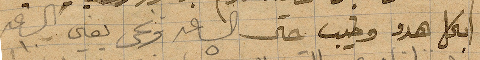
بكل هدوء وطيب حتى الساعة ٥ ونحن يعني الساعة ١٠